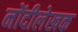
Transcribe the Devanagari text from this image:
नोंदीलेखक